Leaving Certificate Examination, 1920
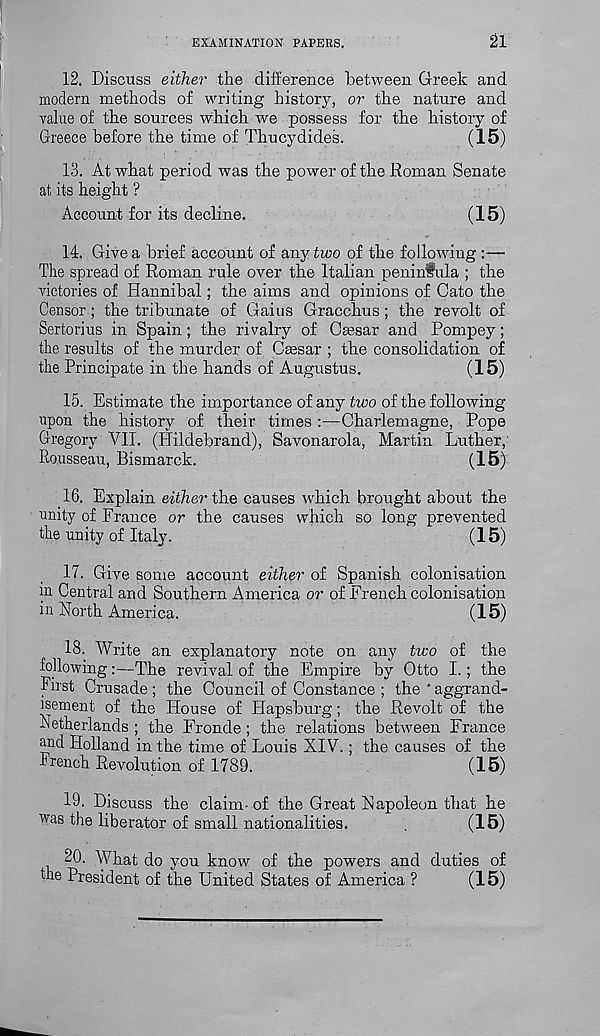
EXAMINATION PAPERS.
21
12. Discuss either the difference between Greek and
modern methods of writing history, or the nature and
value of the sources which we possess for the history of
Greece before the time of Thucydides.
(15)
13. At what period was the power of the Roman Senate
at its height ?
Account for its decline.
(15)
14. Give a brief account of any two of the following —
The spread of Roman rule over the Italian peninfula ; the
victories of Hannibal; the aims and opinions of Cato the
Censor; the tribunate of Gaius Gracchus; the revolt of
Sertorius in Spain; the rivalry of Caesar and Pompey;
the results of the murder of Caesar ; the consolidation of
the Principate in the hands of Augustus.
(15)
15. Estimate the importance of any two of the following
upon the history of their times :—Charlemagne, Pope
Gregory VII. (Hildebrand), Savonarola, Martin Luther,
Rousseau, Bismarck.
(15)
16. Explain either the causes which brought about the
unity of France or the causes which so long prevented
the unity of Italy.
(15)
17. Give some account either of Spanish colonisation
in Central and Southern America or of French colonisation
in North America.
(15)
18. Write an explanatory note on any two of the
followingThe revival of the Empire by Otto I.; the
First Crusade ; the Council of Constance ; the ‘ aggrand-
isement of the House of Hapsburg; the Revolt of the
Netherlands ; the Fronde; the relations between France
and Holland in the time of Louis XIV.; the causes of the
French Revolution of 1789.
(15)
19. Discuss the claim-of the Great Napoleon that he
was the liberator of small nationalities.
.
(15)
20. What do you know of the powers and duties of
the President of the United States of America ?
(15)